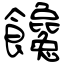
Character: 饞